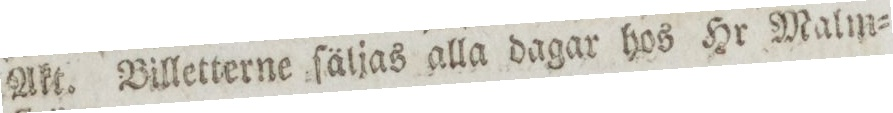
Akt. Billetterne ſäljas alla dagar hos Hr Malm=